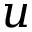
u